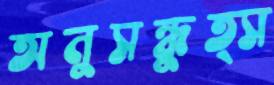
অনুসন্ধুত্স